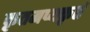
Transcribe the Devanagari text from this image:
कृतमप्यकृतं